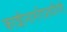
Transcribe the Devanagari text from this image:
काशीनागरीप्रचारिणी